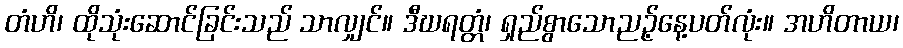
တံဟိ၊ ထိုသုံးဆောင်ခြင်းသည် သာလျှင်။ ဒီဃရတ္တံ၊ ရှည်စွာသောညဉ့်နေ့ပတ်လုံး။ အဟိတာယ၊